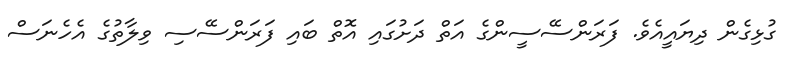
ގުޅިގެން ދިޔައީއެވެ. ފަރަންސޭސީންގެ އަތް ދަށުގައި އޮތް ބައި ފަރަންސޭސި ވިލާތުގެ އެހެނަސް